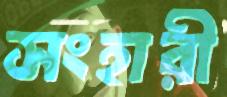
সংহারী